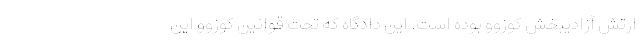
ارتش آزادیبخش کوزوو بوده است. این دادگاه که تحت قوانین کوزوو این